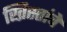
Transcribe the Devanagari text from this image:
ख्रिस्तांचे